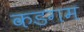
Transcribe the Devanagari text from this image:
कडगम